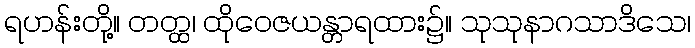
ရဟန်းတို့။ တတ္ထ၊ ထိုဝေဇယန္တာရထား၌။ သုသုနာဂသာဒိသေ၊